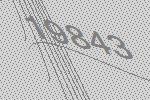
19843